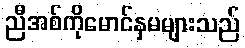
ညီအစ်ကိုမောင်နှမများသည်